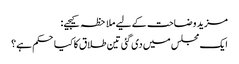
مزید وضاحت کے لیے ملاحظہ کیجیے:
ایک مجلس میں‌ دی گئی تین طلاق کا کیا حکم ہے؟